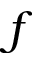
f